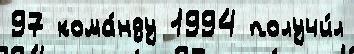
97 кома́нду 1994 получи́л